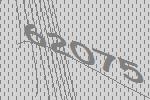
62075